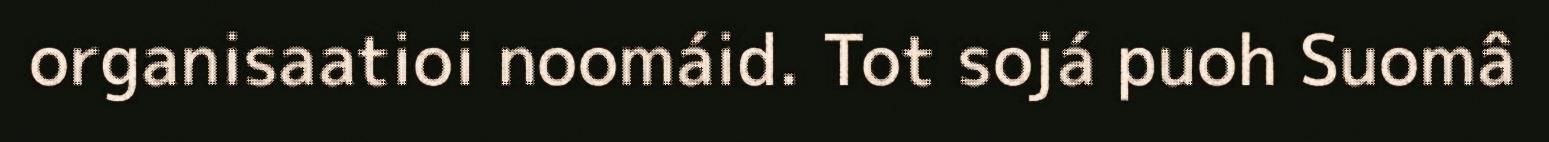
organisaatioi noomáid. Tot sojá puoh Suomâ